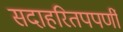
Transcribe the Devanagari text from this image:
सदाहरितपपर्णी